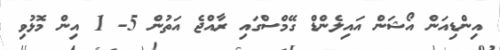
އިންޑިއަން އޯޝަން އައިލެންޑް ގޭމްސްގައި ރާއްޖެ އަތުން 5- 1 އިން މޮޅުވި